Leningradi_Edasi_toimetus, lk 225
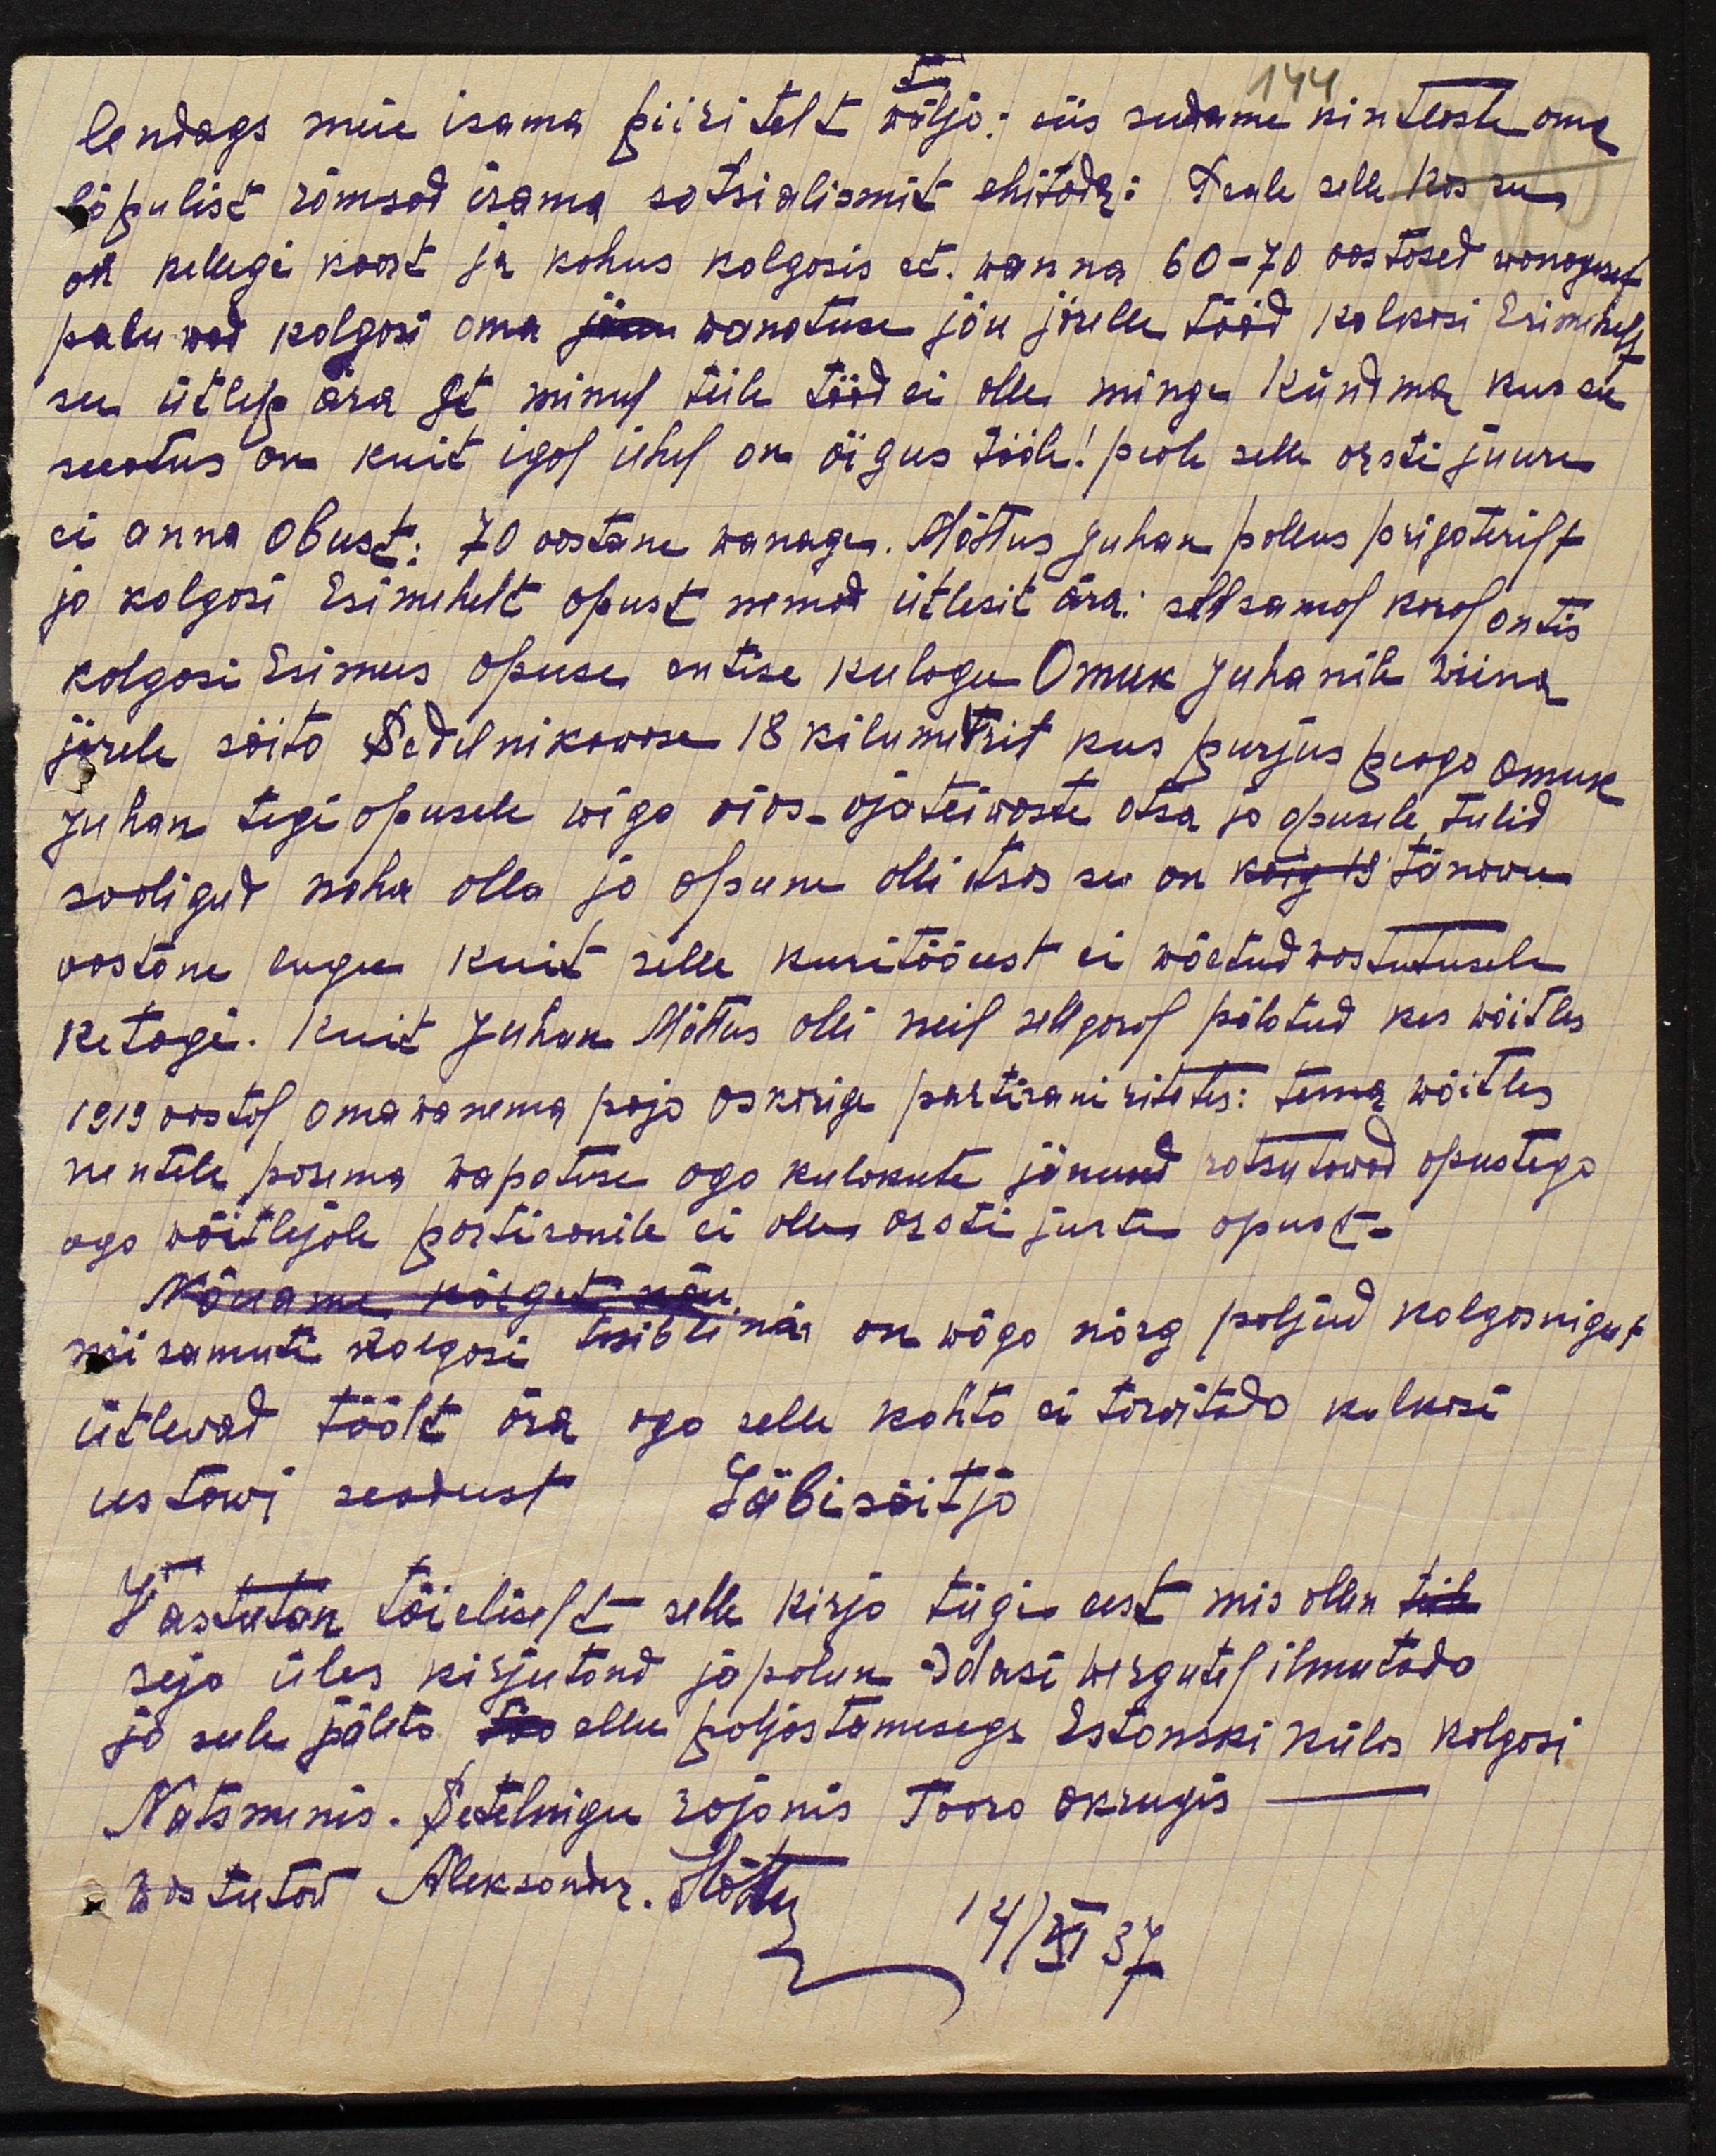
144
lendags meie isama piiritelt välja: siis sudame kintlaste oma
lõpulist rõmsad isama sotsialismit ehitada: Peale selle kas siis
on kellegi koort ja kohus kolgosis et. wanna 60-70 aastased wanagesed
paluwad kolgosi oma wanatuse jõu järele tööd kolkosi Esimehelt
see ütlep ära ei minul teile tööd ei olle minge kündma kus see
seadus on kuid igal ühel on õigus tööle. peale selle arsti juure
ei anna obust. 70 aastane wanage. Mõttus Juhan pallus prigaterilt
ja kolgosi Esimehelt opust nemad ütlesid ära: selsamal koral antis
kolgosi Esimees opuse entise kulagu Omuk Juhanile wiina
järele sõita Sedelnikowosse 18 kilumetrit kus purjus peaga Omuk
Juhan tegi opusele wiga ajas ajateiwaste otsa ja opusele tulid
sooligud naha olla ja opune olli otsas see on tänawu
aastane lugu kuit sille kuritöö eest ei wõetud wastutusele
ketagi. Kuid Juhan Mõttus olli neil sellgest põlatud kes wõitles
1919 aastal oma wanema poja Oskariga partisani ritates: tema wõitles
nentele parema wapatuse aga kulakute jänused ratsutawad opustega
aga wõitlejale partisanile ei olle arsti jurte opust.
nii samuti kolgosi tsibtinia on wäga nõrg paljud kolgonigut
ütlevad töölt ära aga selle kohta ei tarvitada kolkosi,
ustawi seadust Läbisõitja
Vastutan täieliselt selle kirja tügi eest mis ollen
seja üles kirjutand ja palun Edasi wergutel ilmutada
ja sule pälts soo ollen paljastamisegs Estonski külas kolgasi
Natsminis. Setelnigu rajonis Taara okrugis
aastatod Aleksander. Hõhu
4/XI 37